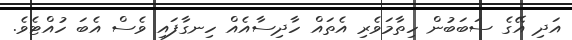
އަދި އޭގެ ސަބަބުން ހިތާމަވެރި އެތައް ހާދިސާއެއް ހިނގާފައި ވެސް އެބަ ހުއްޓެވެ.